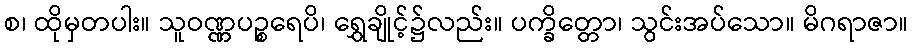
စ၊ ထိုမှတပါး။ သူဝဏ္ဏပဉ္စရေပိ၊ ရွှေချိုင့်၌လည်း။ ပက္ခိတ္တော၊ သွင်းအပ်သော။ မိဂရာဇာ။